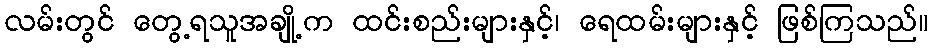
လမ်းတွင် တွေ့ရသူအချို့က ထင်းစည်းများနှင့်၊ ရေထမ်းများနှင့် ဖြစ်ကြသည်။